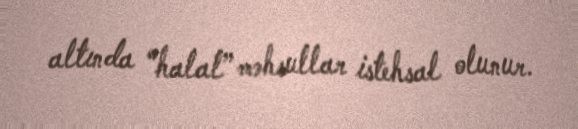
altında “halal” məhsullar istehsal olunur.